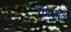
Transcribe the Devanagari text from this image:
कोलोंब